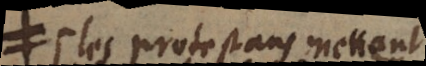
Les protestans mettent